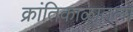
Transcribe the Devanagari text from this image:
क्रांतिकाळातला